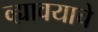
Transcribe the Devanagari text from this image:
व्ह्यावयाचे